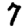
Digit: 7